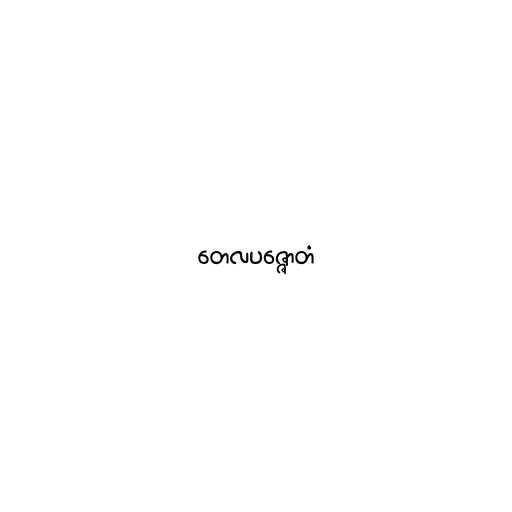
တေလပဇ္ဇောတံ